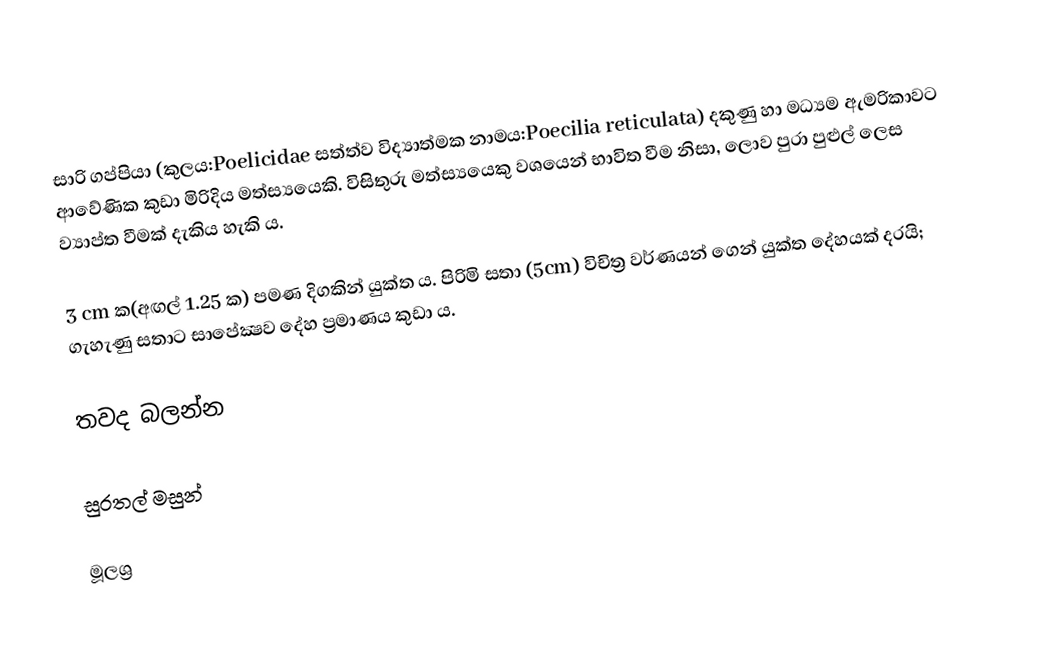
සාරි ගප්පියා (කුලය​:Poelicidae සත්ත්ව විද්‍යාත්මක නාමය​:Poecilia reticulata) දකුණු හා මධ්‍යම ඇමරිකාවට ආවේණික කුඩා මිරිදිය මත්ස්‍යයෙකි. විසිතුරු මත්ස්‍යයෙකු වශයෙන් භාවිත වීම නිසා, ලොව පුරා පුළුල් ලෙස ව්‍යාප්ත වීමක් දැකිය හැකි ය​.

3 cm ක(අඟල් 1.25 ක​) පමණ දිගකින් යුක්ත ය​. පිරිමි සතා (5cm) විචිත්‍ර වර්ණයන් ගෙන් යුක්ත දේහයක් දරයි; ගැහැණු සතාට සාපේක්‍ෂව දේහ ප්‍රමාණය​ කුඩා ය.

තවද බලන්න​

සුරතල් මසුන්

මූලශ්‍ර